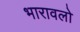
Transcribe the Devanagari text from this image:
भारावलो